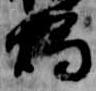
燭